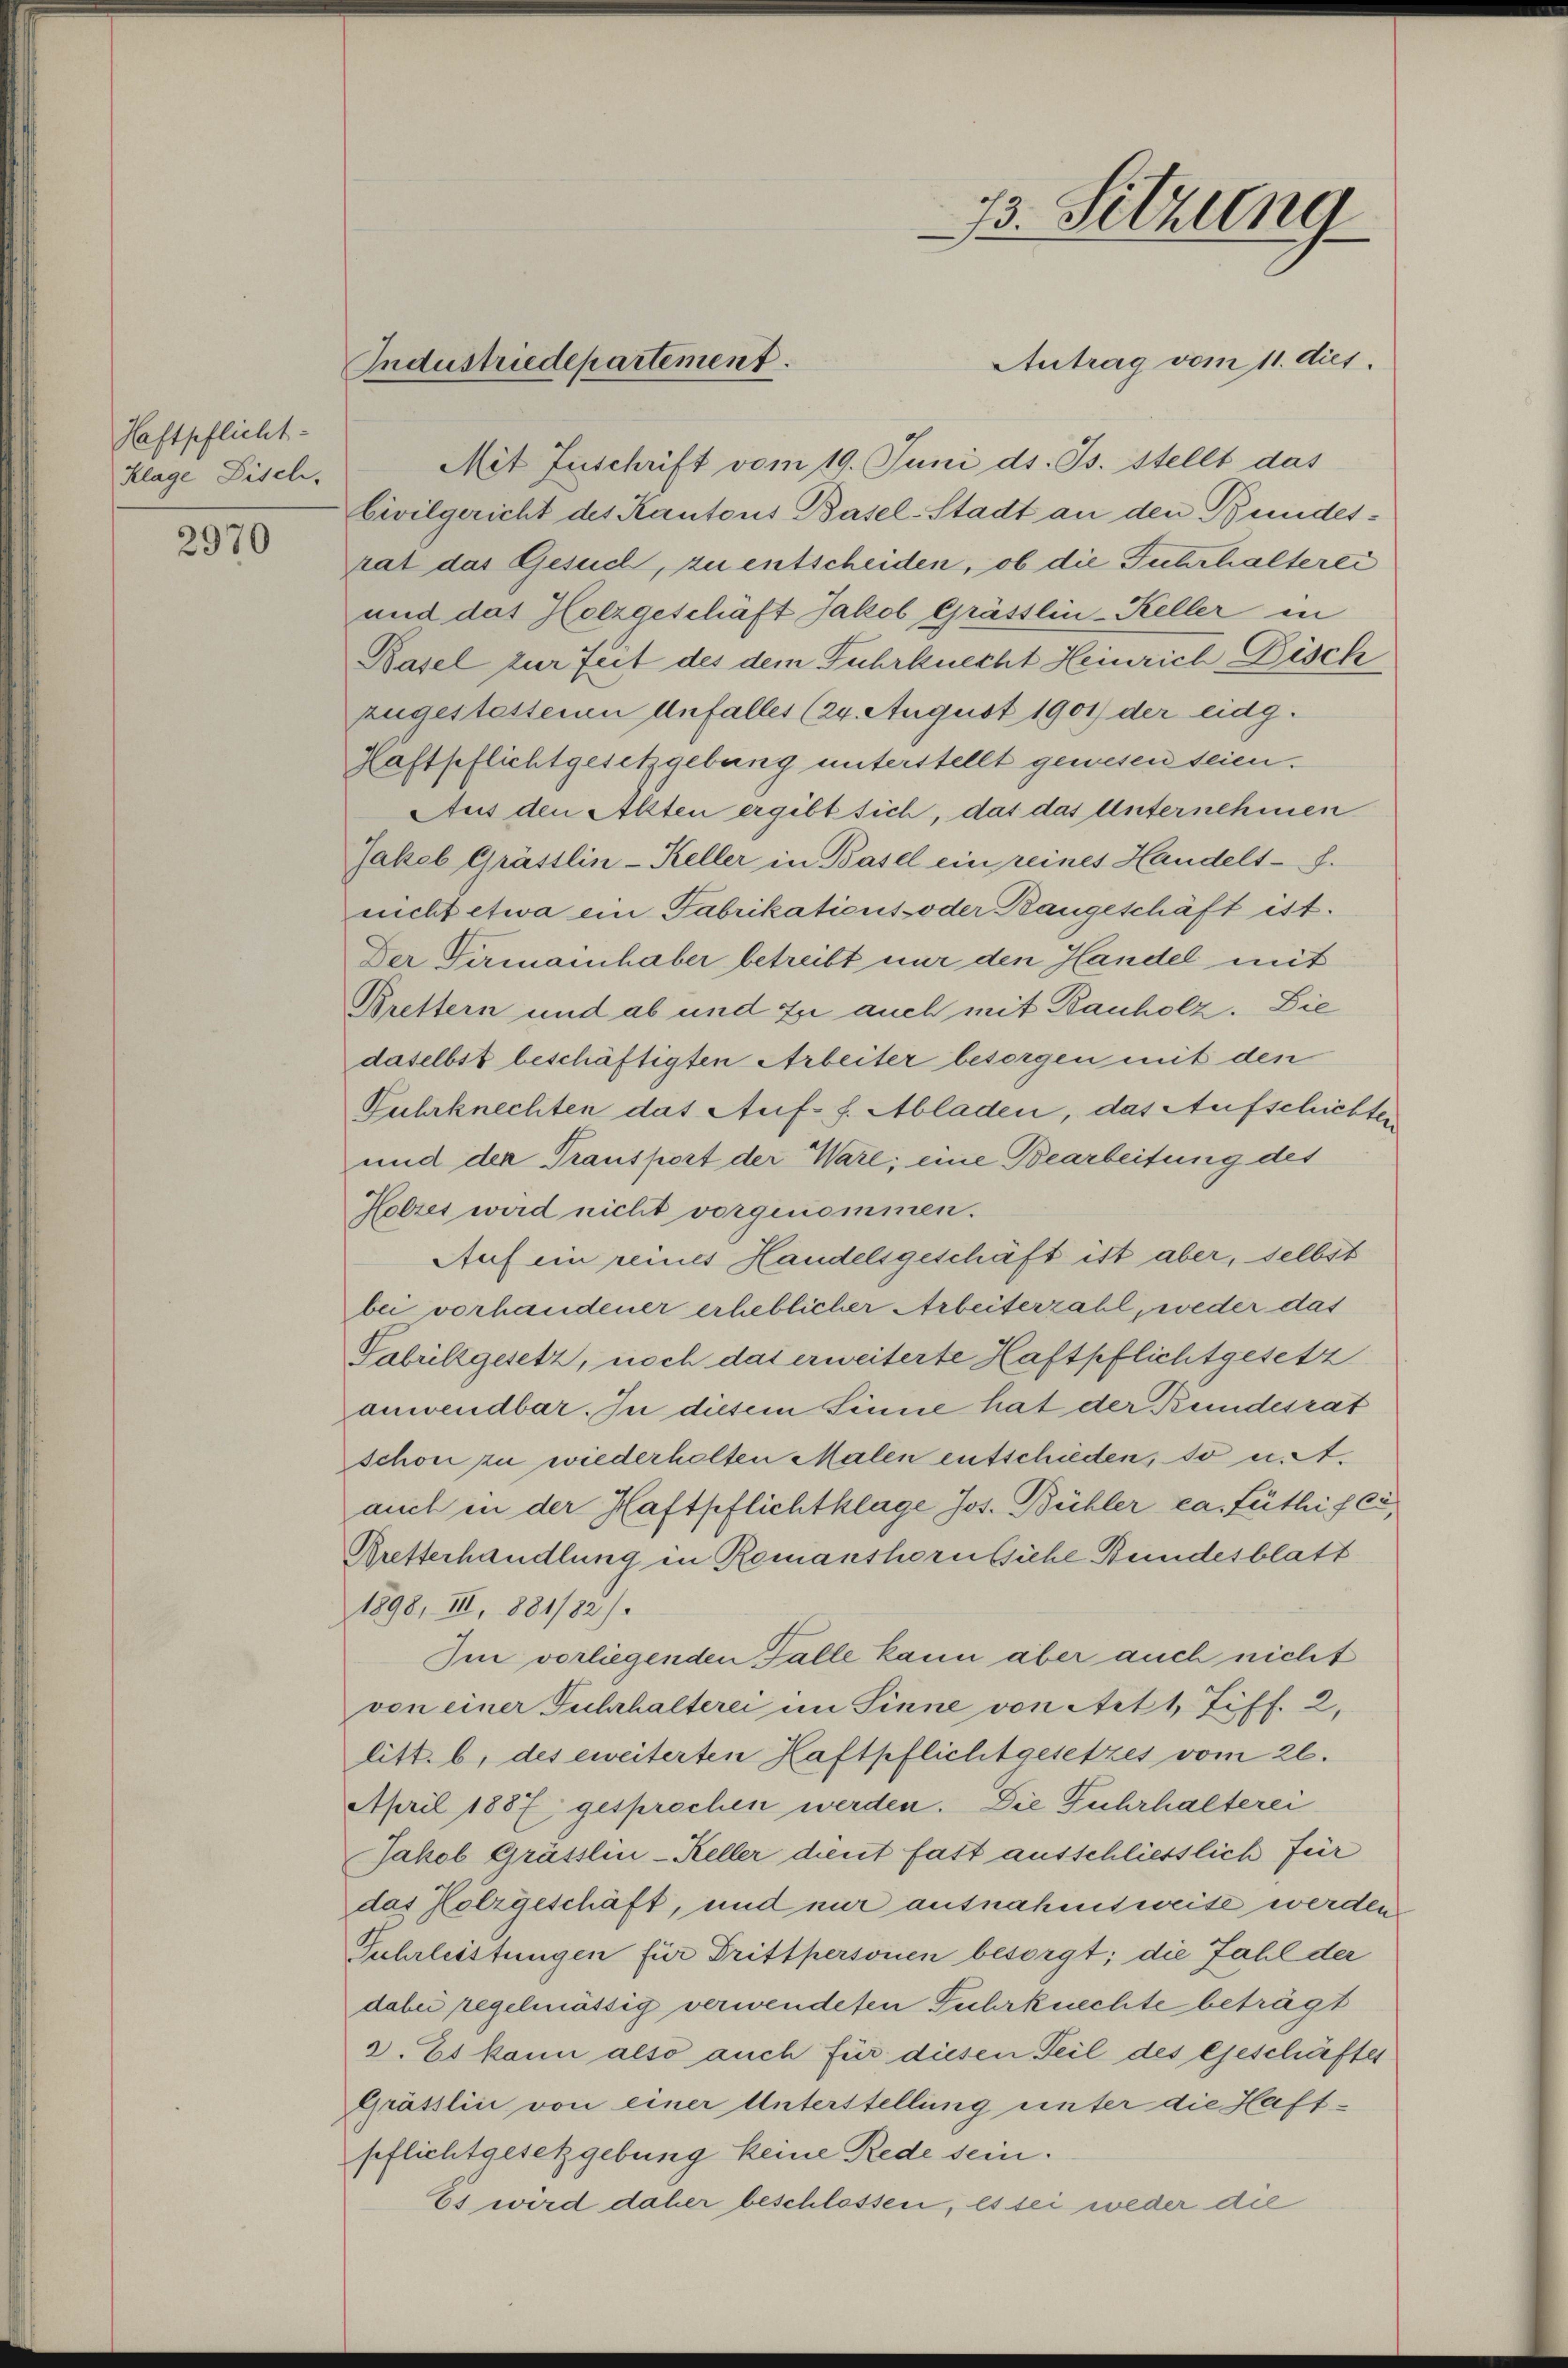
Haftpflicht
Klage Fisch,

2970

Antrag vom 11. dies
Mit Zuschrift vom 19. Juni d. Js. stellt das
Civilgericht des Kantons Basel-Stadt an den Bundesrat das Gesuch, zu entscheiden, ob die Fuhrhalterei
und das Holzgeschäft Jakob Grässlin-Keller in
Basel zur Zeit des dem Fuhrknecht Heinrich Disch
zugestattenen Unfall(...)(24. August 1901 der eidg.
Haftpflichtgesetzgebung unterstellt gewesen seien.
Aus den Allten ergibt sich, das das Unternehmen
Jakob Grässlin-Keller in Basel ein reines Handels-f.
nicht etwa ein Fabrikations- oder Baugeschäft ist.
Der Vermannhaber betreibt nur den Handel mit
Brettern und ab und zu auch mit Bauholz. Die
daselbst beschäftigten Arbeiter besorgen mit den
Fuhrknechten das Auf- f. Abladen, das Aufschichter
und der Transport der Ware; eine Bearbeitung des
Holzes wird nicht vorgenommen.
Auf ein reines Handelsgeschäft ist aber, selbst
bei vorhandener erheblicher Arbeiterzahl, weder das
Gabrikgesetz, noch das erweiterte Haftpflichtgesetz
anwendbar. In diesem Sinne hat der Bundesrat
schon zu wiederholten Malen entschieden, so u. A.
auch in der Haftpflichtklage Jos. Bühler ca. Lüthifci,
Bretterhandlung in Romanshornsiche Bundesblatt
1898, III, 1881/82).
Im vorliegenden Falle kann aber auch nicht
von einer Fuhrhalterei im Sinne von Art 1, Ziff. 2,
litt. b, des eweiterten Haftpflichtgesetzes vom 26.
April 1887 gesprochen werden. Die Fuhrhalterei
Jakob Grässlin-Keller dient fast ausschliesslich für
das Kolzgeschäft, und nur ausnahmsweise werden
Fuhrleistungen für Trittpersonen besorgt; die Fahl der
dabei regelmässig verwendeten Fuhrknechte beträgt
2. Es kann also auch für diesen Teil des Geschäftes
Grässlin von einer Unterstellung unter die Haft-
pflichtgesetzgebung keine Rede sein.
Es wird daher beschlossen, es sei weder die

Industriedepartement.

33. Sitzung